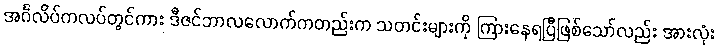
အင်္ဂလိပ်ကလပ်တွင်ကား ဒီဇင်ဘာလလောက်ကတည်းက သတင်းများကို ကြားနေရပြီဖြစ်သော်လည်း အားလုံး